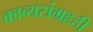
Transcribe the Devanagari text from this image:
काव्यसंग्रहही